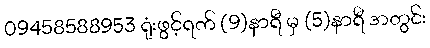
09458588953 ရုံးဖွင့်ရက် (9)နာရီ မှ (5)နာရီ အတွင်း